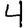
Digit: 4